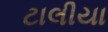
ટાલીયા